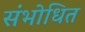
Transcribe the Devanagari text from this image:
संभोधित